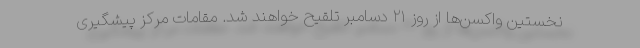
نخستین واکسن‌ها از روز ۲۱ دسامبر تلقیح خواهند شد. مقامات مرکز پیشگیری